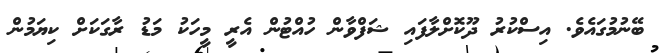
ބޭނުމުގައެވެ. އިސްކުރު ދޫކޮށްލާފައި ޝަފްވާން ހުއްޓުން އެރީ މީހަކު މަޑު ރާގަކަށް ކިޔަމުން